Vaccine operations Central Provinces 1886-1899 - 1886-1899
Year: 1886
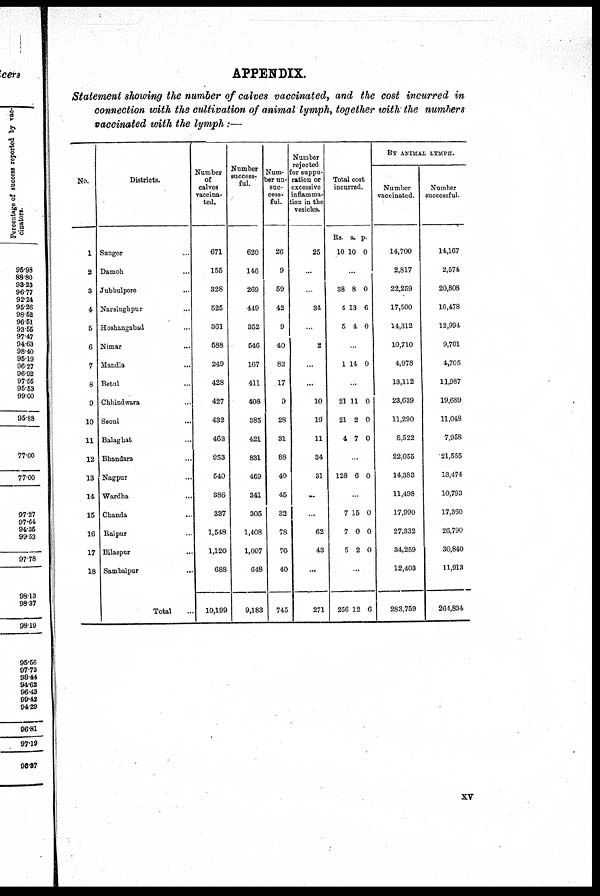
APPENDIX.
Statement showing the number of calves vaccinated, and the cost incurred in
connection with the cultivation of animal lymph, together with the numbers
vaccinated with the lymph:—
No.
1
2
3
4
6
6
7
8
9
10
11
12
13
14
15
16
17
18
Districts.
Saugor...
Damoh...
Jubbulpore...
Narsinghpur...
Hoshangabad...
Nimar...
Mandla...
Betul...
Chhindwara...
Seoni...
Balaghat...
Bhandara...
Nagpur...
Wardha...
Chanda...
Raipur...
Bilaspur...
Sambalpur...
Total...
Number
of
calves
vaccina-
ted.
671
155
328
525
361
588
249
428
427
432
463
953
540
386
337
1,548
1,120
688
10,199
Number
success-
ful.
620
146
269
449
352
546
167
411
408
385
421
831
469
341
305
1,408
1,007
648
9,183
Num-
ber un-
suc-
cess-
ful.
26
9
59
42
9
40
82
17
9
28
31
88
40
45
32
78
70
40
745
Number
rejected
for suppu-
ration or
excessive
inflamma-
tion in the
vesicles.
25
...
...
34
...
2
...
...
10
19
11
34
31
...
...
62
43
...
271
Total cost
incurred.
Rs.
10
a.
10
p.
0
...
38
4
5
8
13
4
0
6
0
...
1 14 0
...
21
21
4
11
2
7
0
0
0
...
128 6 0
...
7
7
5
15
0
2
0
0
0
...
256 12 6
BY ANIMAL LYMPH.
Number
vaccinated.
14,700
2,817
22,259
17,500
14,312
10,710
4,978
13,112
23,639
11,290
8,522
22,055
14,383
11,498
17,990
27,332
34,259
12,403
283,759
Number
successful.
14,167
2,574
20,808
16,478
12,994
9,701
4,705
11,987
19,689
11,048
7,958
21,555
13,474
10,793
17,360
26,790
30,840
11,913
264,834
xv